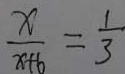
\frac { x } { x + 6 } = \frac { 1 } { 3 }